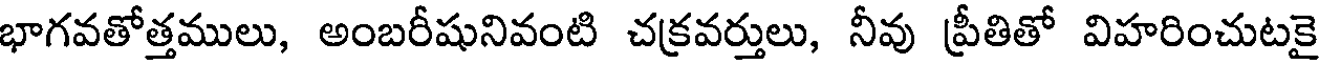
భాగవతోత్తములు, అంబరీషునివంటి చక్రవర్తులు, నీవు ప్రీతితో విహరించుటకై